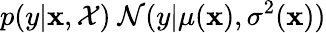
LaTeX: p(y\vert\mathbf{x},\mathcal{X})~\mathcal{N}(y\vert\mu(\mathbf{x}),\sigma^{2}(\mathbf{x}))